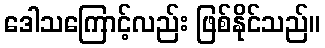
ဒေါသကြောင့်လည်း ဖြစ်နိုင်သည်။